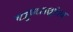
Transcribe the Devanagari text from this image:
षाड्गुण्यसमुद्देश्य